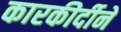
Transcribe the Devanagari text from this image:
कारकीर्दीने